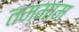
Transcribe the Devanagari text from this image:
तम्माम